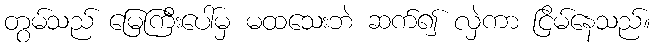
တွမ်သည် မြေကြီးပေါ်မှ မထသေးဘဲ ဆက်၍ လှဲကာ ငြိမ်နေသည်။